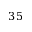
3 5